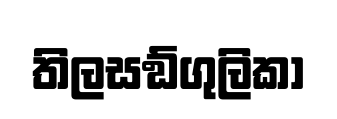
තිලසඞ්ගුලිකා